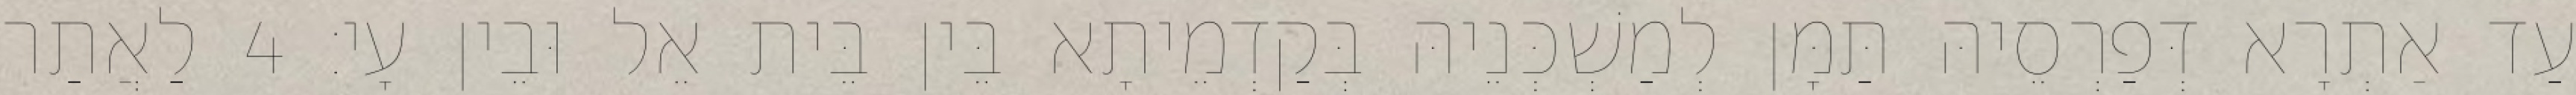
עַד אַתְרָא דְּפַרְסֵיהּ תַּמָּן לְמַשְׁכְּנֵיהּ בְּקַדְמֵיתָא בֵּין בֵּית אֵל וּבֵין עָי׃ 4 לַאֲתַר